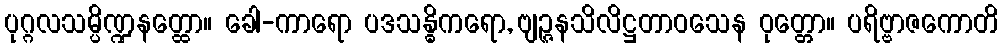
ပုဂ္ဂလသမ္ပိဏ္ဍနတ္ထော။ ခေါ-ကာရော ပဒသန္ဓိကရော, ဗျဉ္ဇနသိလိဋ္ဌတာဝသေန ဝုတ္တော။ ပရိဗ္ဗာဇကောတိ